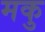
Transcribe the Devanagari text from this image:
मकु